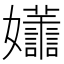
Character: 𡤮